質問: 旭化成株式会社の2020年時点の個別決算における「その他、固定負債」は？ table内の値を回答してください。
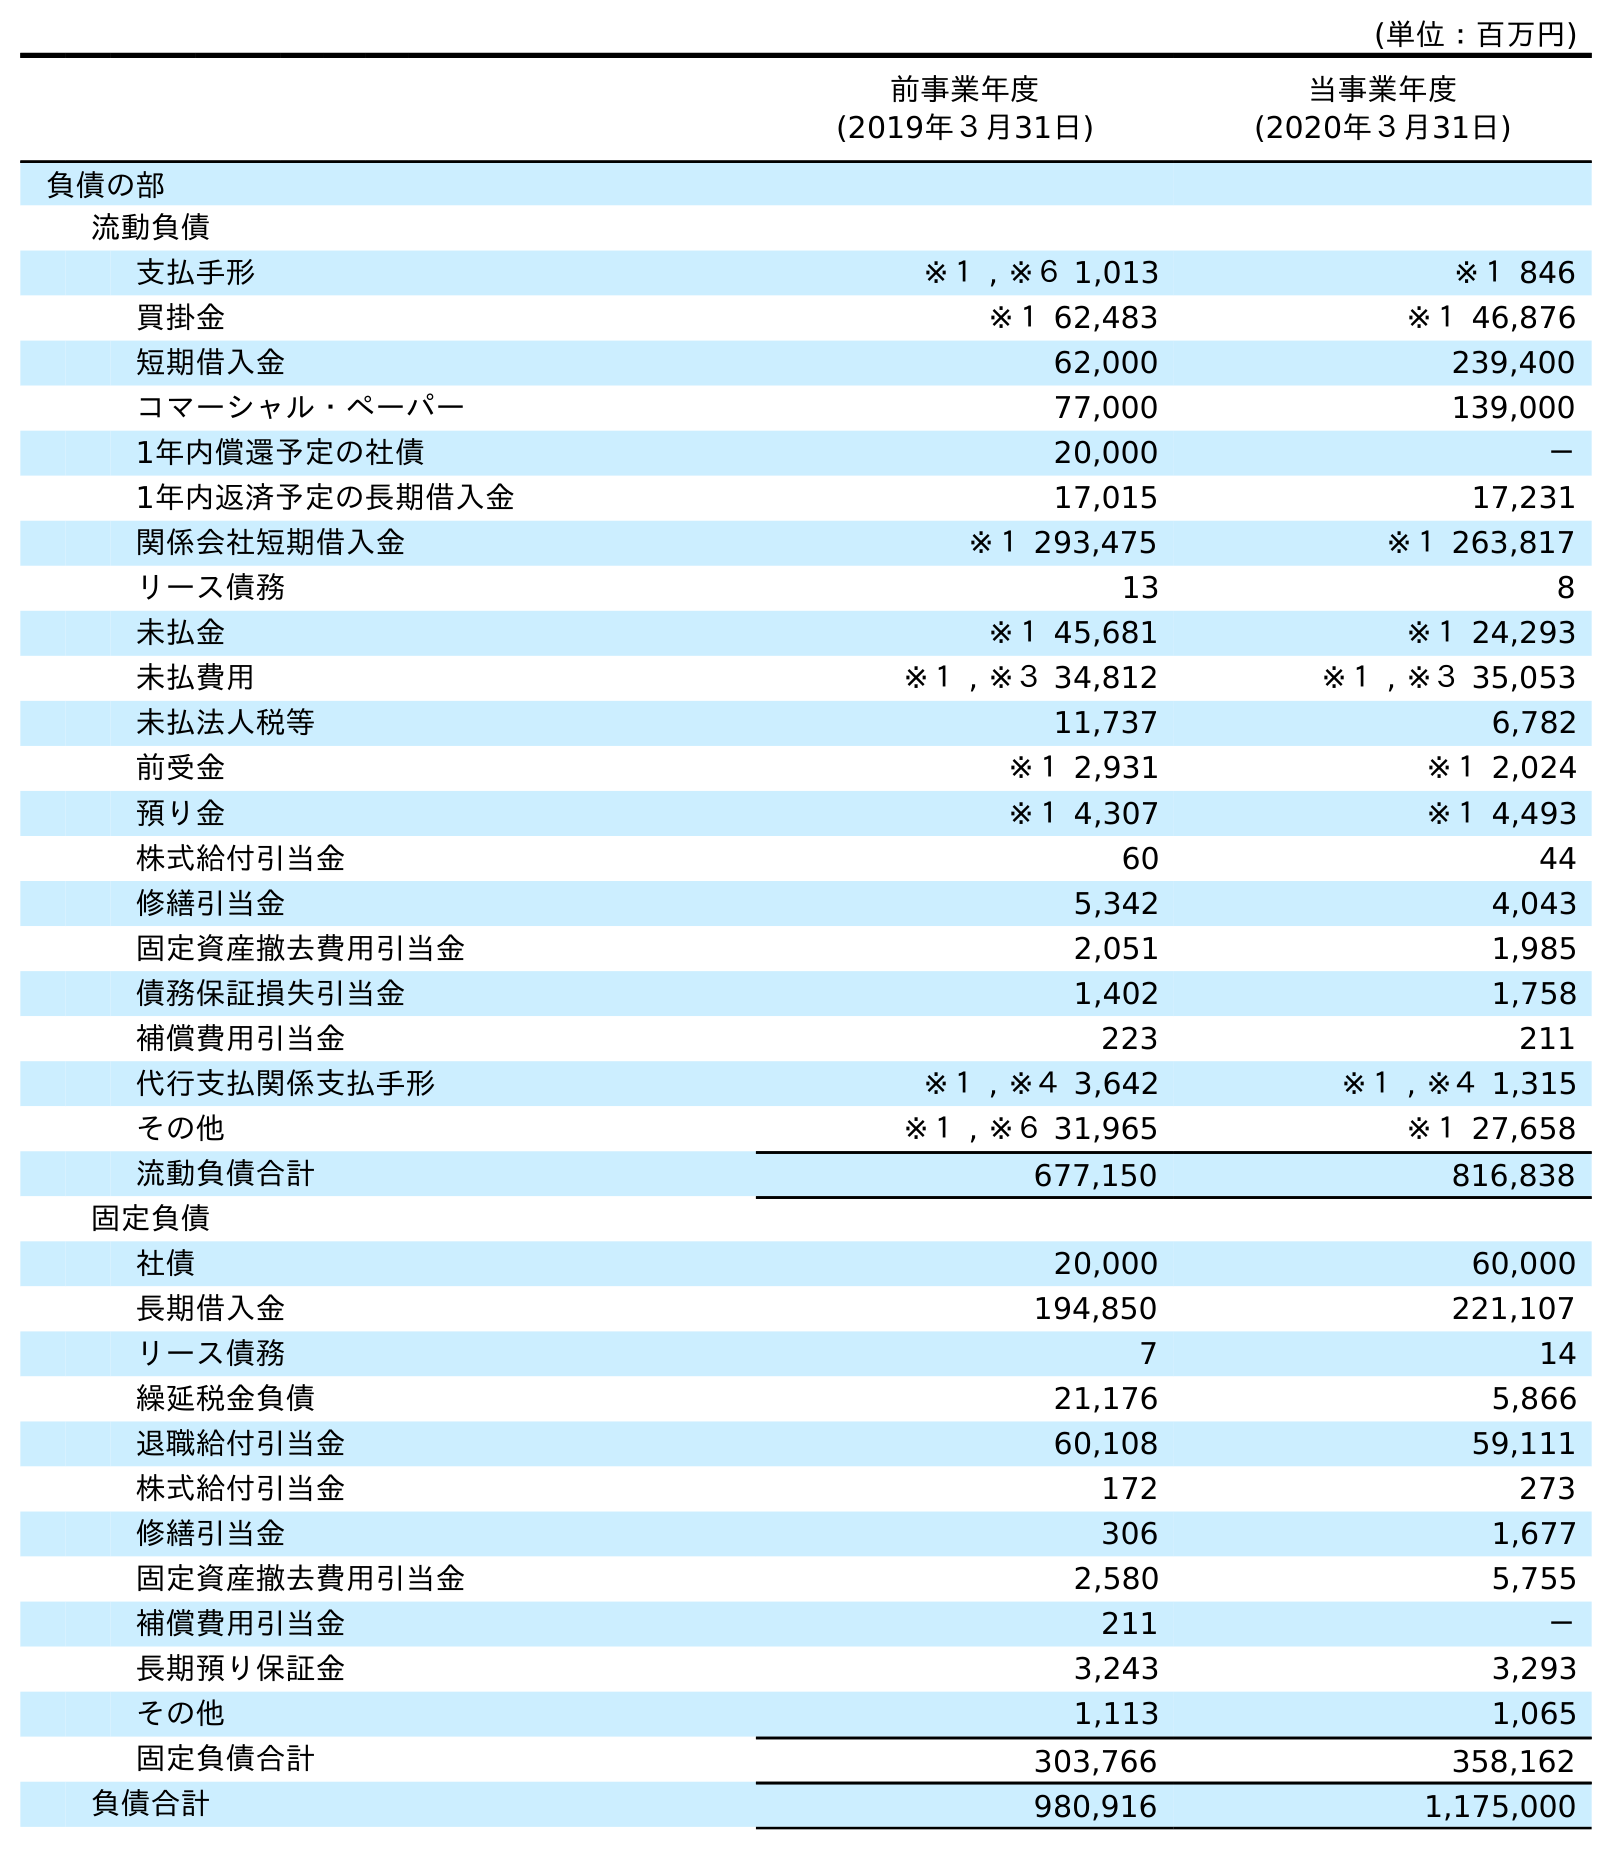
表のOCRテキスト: (単位：百万円) 前事業年度 (2019年３月31日) 当事業年度 (2020年３月31日) 負債の部 流動負債 支払手形 ※１ , ※６ 1,013 ※１ 846 買掛金 ※１ 62,483 ※１ 46,876 短期借入金 62,000 239,400 コマーシャル・ペーパー 77,000 139,000 1年内償還予定の社債 20,000 － 1年内返済予定の長期借入金 17,015 17,231 関係会社短期借入金 ※１ 293,475 ※１ 263,817 リース債務 13 8 未払金 ※１ 45,681 ※１ 24,293 未払費用 ※１ , ※３ 34,812 ※１ , ※３ 35,053 未払法人税等 11,737 6,782 前受金 ※１ 2,931 ※１ 2,024 預り金 ※１ 4,307 ※１ 4,493 株式給付引当金 60 44 修繕引当金 5,342 4,043 固定資産撤去費用引当金 2,051 1,985 債務保証損失引当金 1,402 1,758 補償費用引当金 223 211 代行支払関係支払手形 ※１ , ※４ 3,642 ※１ , ※４ 1,315 その他 ※１ , ※６ 31,965 ※１ 27,658 流動負債合計 677,150 816,838 固定負債 社債 20,000 60,000 長期借入金 194,850 221,107 リース債務 7 14 繰延税金負債 21,176 5,866 退職給付引当金 60,108 59,111 株式給付引当金 172 273 修繕引当金 306 1,677 固定資産撤去費用引当金 2,580 5,755 補償費用引当金 211 － 長期預り保証金 3,243 3,293 その他 1,113 1,065 固定負債合計 303,766 358,162 負債合計 980,916 1,175,000
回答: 1,065